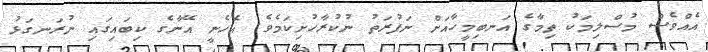
އެއްވެސް މުސްލިމަކު ތިމާގެ އަނބިމީހާއަށް ނަފުރަތު ނުކުރާހުށިކަމެވެ. އެހެނީ އޭނާގެ ކިބައިގައި ނުރަނގަޅު